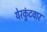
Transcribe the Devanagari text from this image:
येरकुंटवार